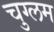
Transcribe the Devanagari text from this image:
चुग्लम